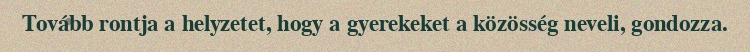
Tovább rontja a helyzetet, hogy a gyerekeket a közösség neveli, gondozza.